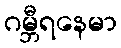
ဂမ္ဘီရနေမာ